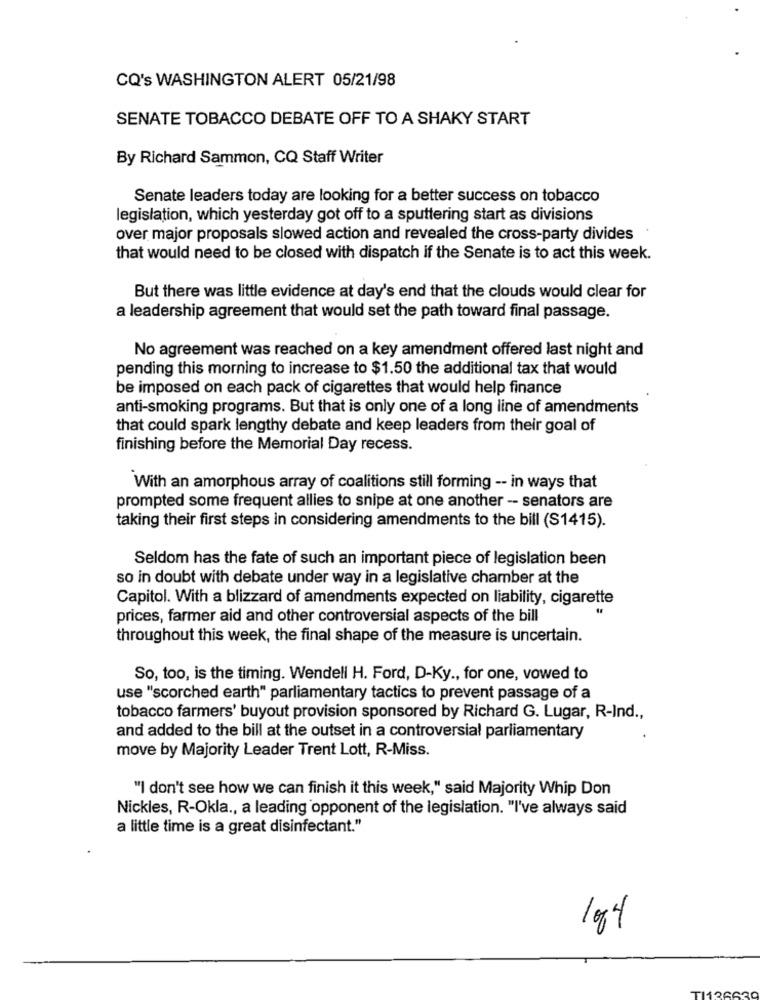
CQ's WASHINGTON ALERT 05/21/98
SENATE TOBACCO DEBATE OFF TO A SHAKY START
By Richard Sammon, CQ Staff Writer
Senate leaders today are looking for a better success on tobacco
legislation, which yesterday got off to a sputtering start as divisions
over major proposals slowed action and revealed the cross-party divides
that would need to be closed with dispatch if the Senate is to act this week.
But there was little evidence at day's end that the clouds would clear for
a leadership agreement that would set the path toward final passage.
No agreement was reached on a key amendment offered last night and
pending this morning to increase to $1.50 the additional tax that would
be imposed on each pack of cigarettes that would help finance
anti-smoking programs. But that is only one of a long line of amendments
that could spark lengthy debate and keep leaders from their goal of
finishing before the Memorial Day recess.
With an amorphous array of coalitions still forming -- in ways that
prompted some frequent allies to snipe at one another -- senators are
taking their first steps in considering amendments to the bill (S1415).
Seldom has the fate of such an important piece of legislation been
so in doubt with debate under way in a legislative chamber at the
Capitol. With a blizzard of amendments expected on liability, cigarette
prices, farmer aid and other controversial aspects of the bill
throughout this week, the final shape of the measure is uncertain.
So, too, is the timing. Wendell H. Ford, D-Ky ., for one, vowed to
use "scorched earth" parliamentary tactics to prevent passage of a
tobacco farmers' buyout provision sponsored by Richard G. Lugar, R-Ind .,
and added to the bill at the outset in a controversial parliamentary
move by Majority Leader Trent Lott, R-Miss.
"I don't see how we can finish it this week," said Majority Whip Don
Nickles, R-Okla ., a leading opponent of the legislation. "I've always said
a little time is a great disinfectant."
104